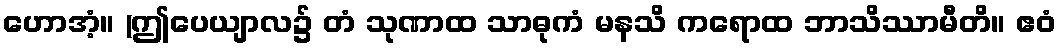
ဟောအံ့။ (ဤပေယျာလ၌ တံ သုဏာထ သာဓုကံ မနသိ ကရောထ ဘာသိဿာမီတိ။ ဧဝံ